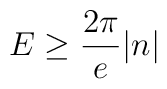
E \geq \frac{2\pi}{e}\vert n \vert